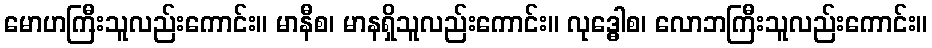
မောဟကြီးသူလည်းကောင်း။ မာနီစ၊ မာနရှိသူလည်းကောင်း။ လုဒ္ဓေါစ၊ လောဘကြီးသူလည်းကောင်း။